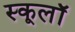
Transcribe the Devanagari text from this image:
स्कूलॉ